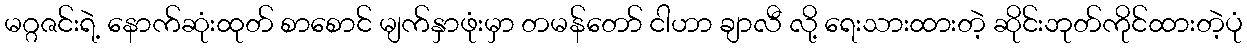
မဂ္ဂဇင်းရဲ့ နောက်ဆုံးထုတ် စာစောင် မျက်နှာဖုံးမှာ တမန်တော် ငါဟာ ချာလီ လို့ ရေးသားထားတဲ့ ဆိုင်းဘုတ်ကိုင်ထားတဲ့ပုံ